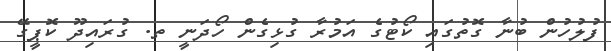
ފުލުހުން ބުނާ ގޮތުގައި ކޯޓުގެ އަމުރާ ގުޅިގެން ހޯދަނީ ތ. ގުރައިދޫ ކޮޕީގޭ